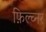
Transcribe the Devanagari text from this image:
फ़िल्च्नर